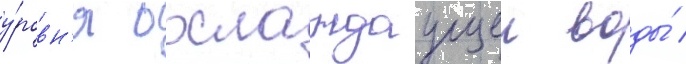
у́ровн'я охлаждаущеи воды́ /